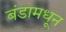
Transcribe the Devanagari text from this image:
बंडामधून